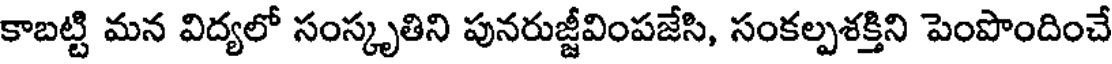
కాబట్టి మన విద్యలో సంస్కృతిని పునరుజ్జీవింపజేసి, సంకల్పశక్తిని పెంపొందించే